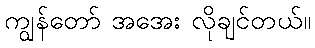
ကျွန်တော် အအေး လိုချင်တယ်။